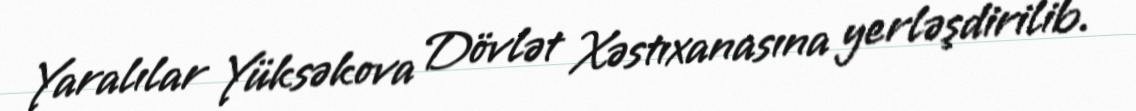
Yaralılar Yüksəkova Dövlət Xəstıxanasına yerləşdirilib.